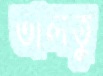
তালতু